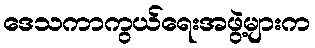
ဒေသကာကွယ်ရေးအဖွဲ့များက